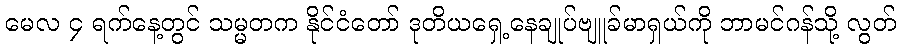
မေလ ၄ ရက်နေ့တွင် သမ္မတက နိုင်ငံတော် ဒုတိယရှေ့နေချုပ်ဗျူခ်မာရှယ်ကို ဘာမင်ဂန်သို့ လွတ်